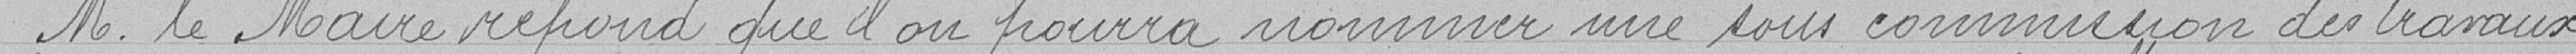
Monsieur le Maire répond que l'on pourra nommer une sous commission des travaux.